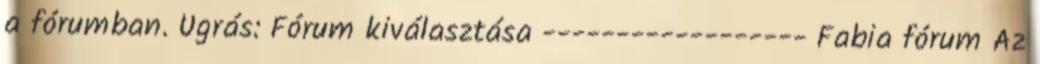
a fórumban. Ugrás: Fórum kiválasztása ------------------ Fabia fórum Az